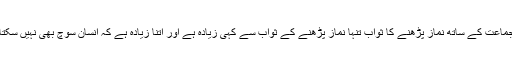
جماعت کے ساتھ نماز پڑھنے کا ثواب تنہا نماز پڑھنے کے ثواب سے کہی زیادہ ہے اور اتنا زیادہ ہے کہ انسان سوچ بھی نہیں سکتا۔